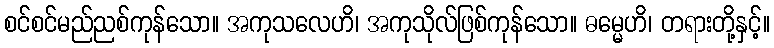
စင်စင်မည်ညစ်ကုန်သော။ အကုသလေဟိ၊ အကုသိုလ်ဖြစ်ကုန်သော။ ဓမ္မေဟိ၊ တရားတို့နှင့်။